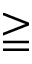
\geqq